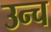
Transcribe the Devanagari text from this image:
उन्च